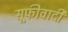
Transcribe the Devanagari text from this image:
सूफीवादी